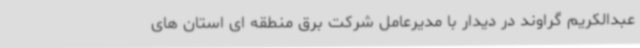
عبدالکریم گراوند در دیدار با مدیرعامل شرکت برق منطقه ای استان های